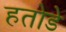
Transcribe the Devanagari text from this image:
हतोडे